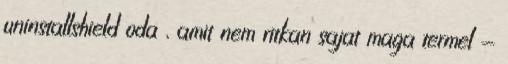
uninstallshield oda , amit nem ritkan sajat maga termel -